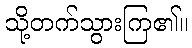
သို့တက်သွားကြ၏။